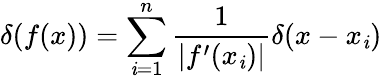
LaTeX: \delta(f(x))=\sum_{\mathit{i}=1}^{n}\frac{{1}}{{|f^{\prime}(x_{\mathit{i}})|}}\delta(x-x_{\mathit{i}})